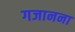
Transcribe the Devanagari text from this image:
गजानना